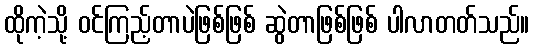
ထိုကဲ့သို့ ဝင်ကြည့်တာပဲဖြစ်ဖြစ် ဆွဲတာဖြစ်ဖြစ် ပါလာတတ်သည်။